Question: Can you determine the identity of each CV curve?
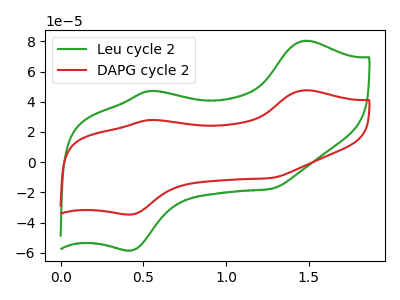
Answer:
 <answer>The green curve is labeled "Leu cycle 2". The red curve is labeled "DAPG cycle 2".</answer>
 <eval></eval>